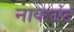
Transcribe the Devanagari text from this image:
नाकेबंद